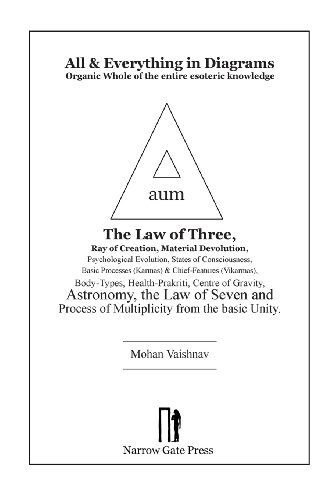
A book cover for All and Everything in Diagrams; Mohan Vaishnav; Religion & Spirituality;